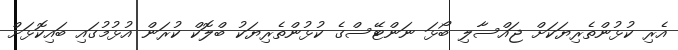
އެރި ކުޅުންތެރިޔަކަށް ޖައްސާލި ބޯޅަ ނަންޓޭސްގެ ކުޅުންތެރިޔަކު ބްލޮކް ކުރަން އުޅުމުގައި ބައިކޮޅަށް